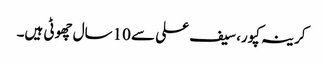
کرینہ کپور، سیف علی سے 10سال چھوٹی ہیں۔